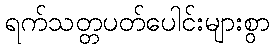
ရက်သတ္တပတ်ပေါင်းများစွာ